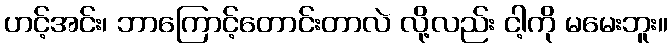
ဟင့်အင်း၊ ဘာကြောင့်တောင်းတာလဲ လို့လည်း ငါ့ကို မမေးဘူး။